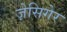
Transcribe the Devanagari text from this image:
ज़ेसिगेर